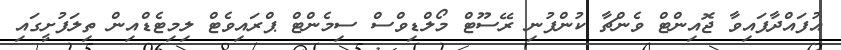
އުފައްދާފައިވާ ޖޮއިންޓް ވެންޗާ ކުންފުނި ރޭސޫޓް މޯލްޑިވްސް ސިމެންޓް ޕްރައިވެޓް ލިމިޓެޑްއިން ތިލަފުށީގައި